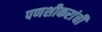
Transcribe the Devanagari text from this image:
पणशीकरांची